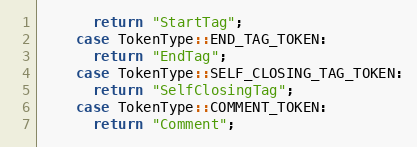
Language: C++
      return "StartTag";
    case TokenType::END_TAG_TOKEN:
      return "EndTag";
    case TokenType::SELF_CLOSING_TAG_TOKEN:
      return "SelfClosingTag";
    case TokenType::COMMENT_TOKEN:
      return "Comment";